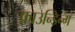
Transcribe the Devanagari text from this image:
फ़ाउन्डिन्ग